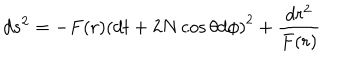
d s ^ { 2 } = - F ( r ) \left( d t + 2 N \cos \theta d \phi \right) ^ { 2 } + \frac { d r ^ { 2 } } { F ( r ) }